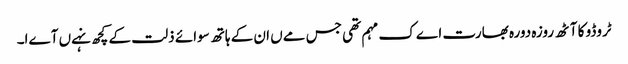
ٹروڈو کا آٹھ روزہ دورہ بھارت اےک مہم تھی جس مےں ان کے ہاتھ سوائے ذلت کے کچھ نہےں آےا۔